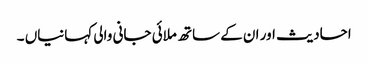
احادیث اور ان کے ساتھ ملائی جانی والی کہانیاں‌ ۔